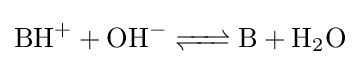
{\ce {BH+ + OH- <=> B + H2O}}